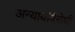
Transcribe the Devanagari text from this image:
अन्यायविरोधी